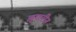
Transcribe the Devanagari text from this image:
झुगारीन